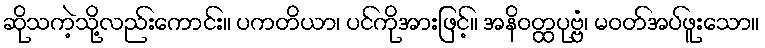
ဆိုသကဲ့သို့လည်းကောင်း။ ပကတိယာ၊ ပင်ကိုအားဖြင့်။ အနိဝတ္ထပုဗ္ဗံ၊ မဝတ်အပ်ဖူးသော။